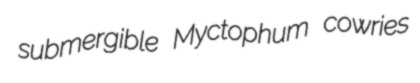
submergible Myctophum cowries